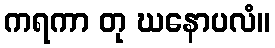
ကရကာ တု ဃနောပလံ။